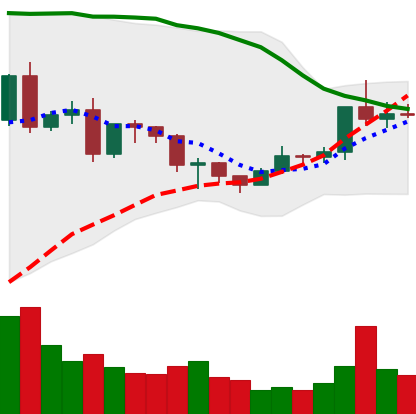
Ticker: EOS-USD
Chart end date: 2020-12-19
Forward return: -12.668%
Label: down_7plus